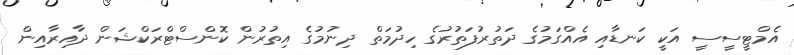
އެމްޓީސީސީ އަކީ ކަނޑާއި އެއްގަމުގެ ދަތުރުފަތުރުގެ ހިދުމަތް ދިނުމުގެ އިތުރުން ކޮންސްޓްރަކްޝަން ދާއިރާއިން